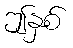
ဤနှစ်